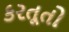
કરતૂતો